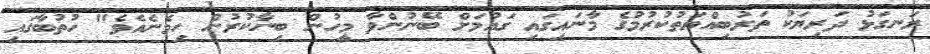
ރަނގަޅު ދަރިޔަކު ތަރުބިއްޔަތުކުރުމުގެ މާނައިގައި ގައުމަށް ބޭނުންވާ މީހުން ބިނާކުރުން ހިމެނެއެވެ" ހުތުބާގައި